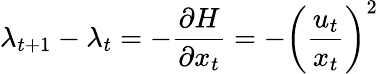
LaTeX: \lambda_{t+1}-\lambda_{t}=-{\frac{\partial H}{\partial x_{t}}}=-\left({\frac{u_{t}}{x_{t}}}\right)^{2}